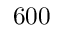
6 0 0